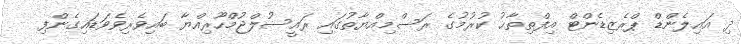
ދި އައިލެންޑް ޕްރެޒިޑެންޓް އިފްތިތާޙު ކުރުމުގެ ރަސްމިއްޔާތުގައި ރައީސުލްޖުމްހޫރިއްޔާ ބައިވެރިވެވަޑައިގެންފި